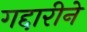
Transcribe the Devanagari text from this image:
गद्दारीने